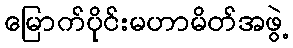
မြောက်ပိုင်းမဟာမိတ်အဖွဲ့